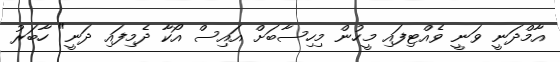
އާމްދަނީ ވަނީ ވެއްޓިފައި މީހުން މިހިސާބަށް އައިސް އޯކާ ދެމިފައި ދަނީ" ހާބަރު